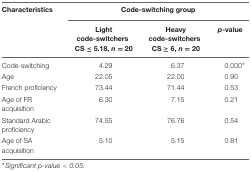
<table><thead><tr><td><b>Characteristics</b></td><td colspan="3"><b>Code-switching group</b></td></tr><tr><td></td><td><b>Light code-switchersCS ≤ 5.18, <i>n</i> = 20</b></td><td><b>Heavy code-switchersCS ≥ 6, <i>n</i> = 20</b></td><td><b><i>p</i>-value</b></td></tr></thead><tbody><tr><td>Code-switching</td><td>4.29</td><td>6.37</td><td>0.000*</td></tr><tr><td>Age</td><td>22.05</td><td>22.00</td><td>0.90</td></tr><tr><td>French proficiency</td><td>73.44</td><td>71.44</td><td>0.53</td></tr><tr><td>Age of FR acquisition</td><td>6.30</td><td>7.15</td><td>0.21</td></tr><tr><td>Standard Arabic proficiency</td><td>74.55</td><td>76.76</td><td>0.54</td></tr><tr><td>Age of SA acquisition</td><td>5.10</td><td>5.15</td><td>0.81</td></tr></tbody></table>